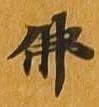
仏